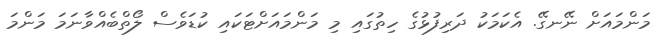
މަންމައަށް ނޭނގޭ. އެކަމަކު ދަރިފުޅުގެ ހިތުގައި މި މަންމައަށްޓަކައި ކުޑަވެސް ލޯތްބެއްވާނަމަ މަންމަ